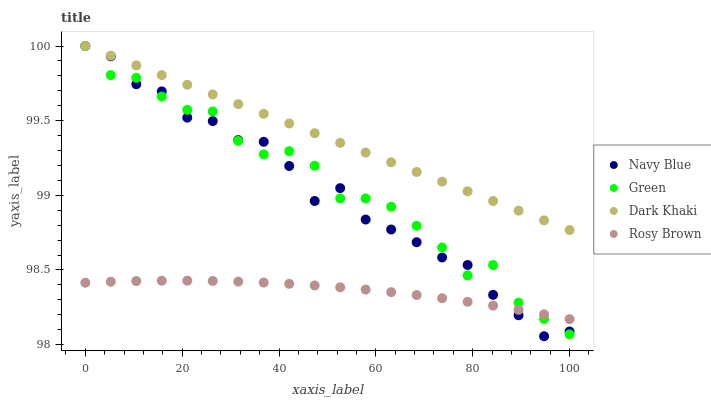
| xaxis_label | Navy Blue | Green | Dark Khaki | Rosy Brown |
 | --- | --- | --- | --- | --- |
 | 0 | 100 | 100 | 100 | 98.4 |
 | 5.26 | 99.9 | 99.8 | 99.9 | 98.4 |
 | 10.5 | 99.7 | 99.8 | 99.9 | 98.4 |
 | 15.8 | 99.7 | 99.7 | 99.8 | 98.4 |
 | 21.1 | 99.5 | 99.6 | 99.7 | 98.4 |
 | 26.3 | 99.5 | 99.6 | 99.7 | 98.4 |
 | 31.6 | 99.4 | 99.4 | 99.6 | 98.4 |
 | 36.8 | 99.4 | 99.3 | 99.5 | 98.4 |
 | 42.1 | 99.2 | 99.3 | 99.5 | 98.4 |
 | 47.4 | 99 | 99.2 | 99.4 | 98.4 |
 | 52.6 | 99 | 99 | 99.4 | 98.4 |
 | 57.9 | 98.8 | 99 | 99.3 | 98.4 |
 | 63.2 | 98.8 | 98.9 | 99.2 | 98.4 |
 | 68.4 | 98.7 | 98.8 | 99.2 | 98.3 |
 | 73.7 | 98.6 | 98.7 | 99.1 | 98.3 |
 | 78.9 | 98.5 | 98.5 | 99 | 98.3 |
 | 84.2 | 98.3 | 98.5 | 99 | 98.3 |
 | 89.5 | 98.2 | 98.3 | 98.9 | 98.2 |
 | 94.7 | 98.1 | 98.2 | 98.8 | 98.2 |
 | 100 | 98.1 | 98.1 | 98.8 | 98.2 |